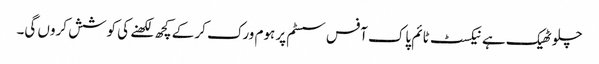
چلو ٹھیک ہے نیکسٹ ٹائم پاک آفس سسٹم پر ہوم ورک کر کے کچھ لکھنے کی کوشش کروں گی۔